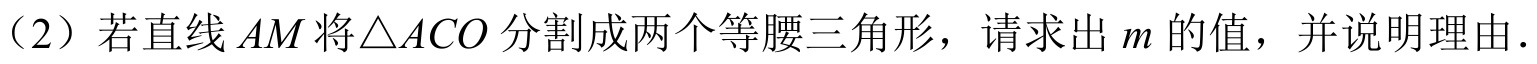
（2）若直线\(AM\)将\(\triangle ACO\)分割成两个等腰三角形，请求出\(m\)的值，并说明理由．